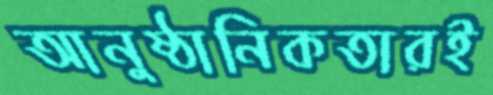
আনুষ্ঠানিকতারই